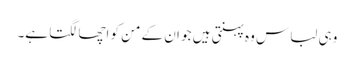
وہی لباس وہ پہنتی ہیں جو ان کے من کو اچھا لگتا ہے۔